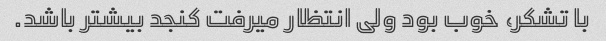
با تشکر، خوب بود ولی انتظار میرفت کنجد بیشتر باشد.